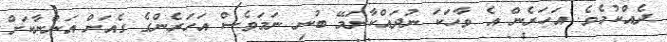
ދެއްކުމެވެ. އަހަރެން އެ ވާހަކަ ނުދައްކާނަމޭ ބުނި ނަމަވެސް އަހަރެންގެ ގެއަށް އަންނާކަށް